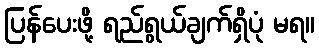
ပြန်ပေးဖို့ ရည်ရွယ်ချက်ရှိပုံ မရ။